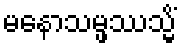
မနောသမ္ဖဿသ္မိံ